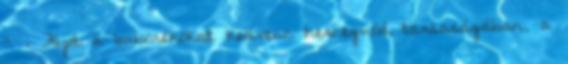
- . Fújd a buborékokat kedvenc hercegnőd társaságában, a